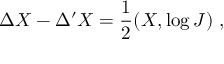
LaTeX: \Delta X - \Delta ^ { \prime } X = \frac { 1 } { 2 } ( X , \log J ) \ ,